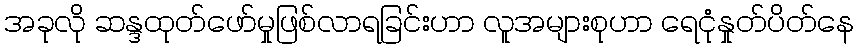
အခုလို ဆန္ဒထုတ်ဖော်မှုဖြစ်လာရခြင်းဟာ လူအများစုဟာ ရေငုံနှုတ်ပိတ်နေ